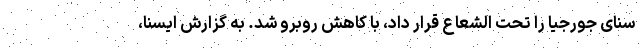
سنای جورجیا را تحت الشعاع قرار داد، با کاهش روبرو شد. به گزارش ایسنا،